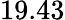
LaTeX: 19.43